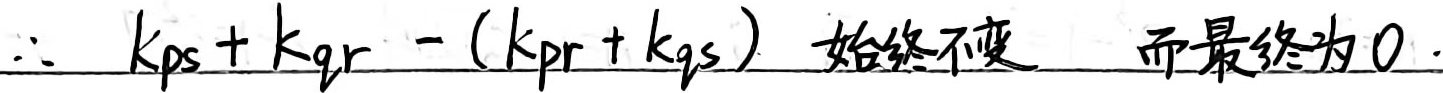
$\therefore k_{ps}+k_{qr}-(k_{pr}+k_{qs})$ 始终不变，而最终为 $0$.